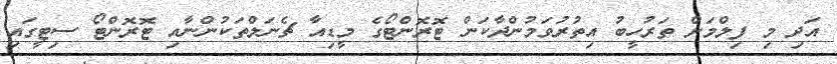
އަދި މި ފިލްމަށް ތަރުހީބު އިތުރުވަމުންދާކަން ޓޮރޮންޓޯގެ މީޑިއާ ޗެނަލްތަކުންނާއި ޓޮރޮންޓޯ ސިޓީގައި